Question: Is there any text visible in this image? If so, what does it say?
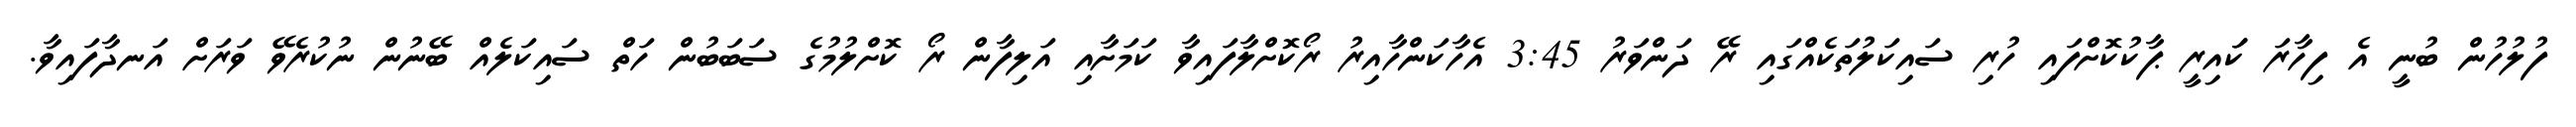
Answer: ފުލުހުން ބުނީ އެ ފިހާރަ ކަައިރީ ޕާކުކޮށްފައި ހުރި ސައިކަލުތަކެއްގައި ރޭ ދަންވަރު 3:45 އެހާކަންހާއިރު ރޯކޮށްލާފައިވާ ކަމަށާއި އަލިފާން ރޯ ކޮށްލުމުގެ ސަބަބުން ހަތް ސައިކަލެއް ބޭނުން ނުކުރެވޭ ވަރަށް އަނދާފައިވާ.